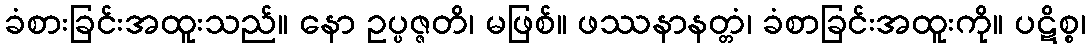
ခံစားခြင်းအထူးသည်။ နော ဥပ္ပဇ္ဇတိ၊ မဖြစ်။ ဖဿနာနတ္တံ၊ ခံစာခြင်းအထူးကို။ ပဋိစ္စ၊